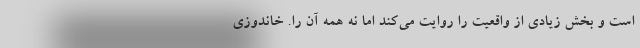
است و بخش زیادی از واقعیت را روایت می‌کند اما نه همه آن را. خاندوزی